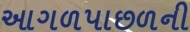
આગળપાછળની